Insane asylums in Bengal annual reports 1876-1887 - 1876-1887
Year: 1876
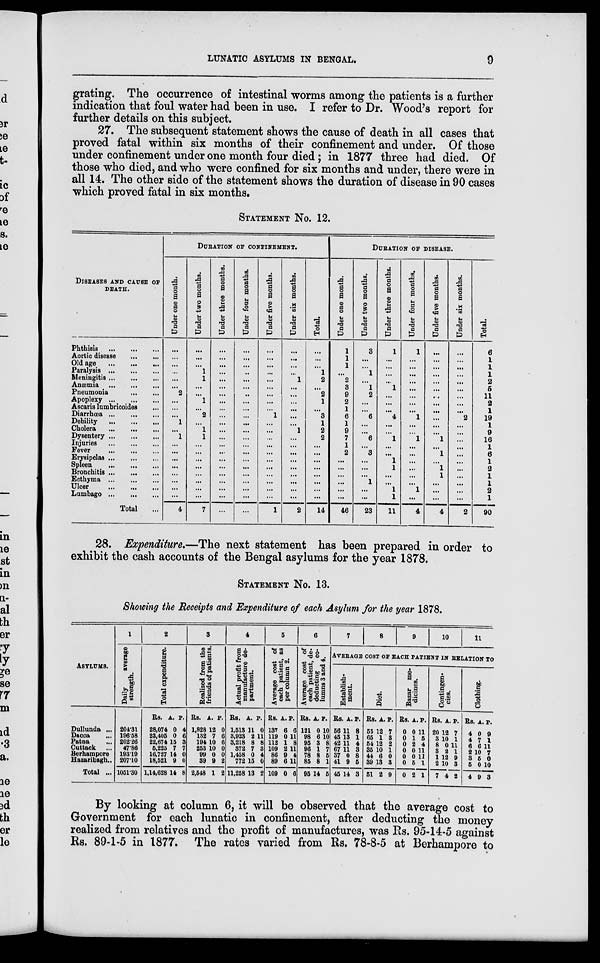
LUNATIC ASYLUMS IN BENGAL.
9
grating. The occurrence of intestinal worms among the patients is a further
indication that foul water had been in use. I refer to Dr. Wood's report for
further details on this subject.
27. The subsequent statement shows the cause of death in all cases that
proved fatal within six months of their confinement and under. Of those
under confinement under one month four died; in 1877 three had died. Of
those who died, and who were confined for six months and under, there were in
all 14. The other side of the statement shows the duration of disease in 90 cases
which proved fatal in six months.
STATEMENT No. 12.
DISEASES AND CAUSE OF
DEATH.
Phthisis
...
...
...
Aortic disease ... ...
Old age
...
...
...
Paralysis ... ... ...
Meningitis
...
...
...
Anæmia
...
...
...
Pneumonia ... ...
Apoplexy
...
...
...
Ascaris lumbricoides ...
Diarrhœa
...
...
...
Debility
...
...
...
Cholera
...
...
...
Dysentery
...
...
...
Injuries ... ... ...
Fever
...
...
....
Erysipelas
...
...
...
Spleen
...
...
...
Bronchitis
...
...
...
Ecthyma
...
...
...
Ulcer
...
...
...
Lumbago
...
...
...
Total ...
DURATION OF CONFINEMENT.
Under one month.
...
...
...
...
...
...
2
...
...
...
1
...
1
...
...
...
...
...
...
...
...
4
Under two months.
...
...
...
1
1
...
...
1
...
2
...
1
1
...
...
...
...
...
...
...
...
7
Under three months.
...
...
...
...
...
...
...
...
...
...
...
...
...
...
...
...
...
...
...
...
...
...
Under four months.
...
...
...
...
...
...
...
...
...
...
...
...
...
...
...
...
...
...
...
...
...
...
Under five months.
...
...
...
...
...
...
...
...
...
1
...
...
...
...
...
...
...
...
...
...
...
1
Under six months.
...
...
...
...
1
...
...
...
...
...
...
1
...
...
...
...
...
...
...
...
...
2
Total.
...
...
...
1
2
...
2
1
...
3
1
2
2
...
...
...
...
...
...
...
...
14
DURATION OF DISEASE.
Under one month.
1
1
1
...
2
3
9
2
1
6
1
9
7
1
2
...
...
...
...
...
...
46
Under two months.
3
...
...
1
...
1
2
...
...
6
...
...
6
...
3
...
...
...
1
...
...
23
Under three months.
1
...
...
...
...
1
...
...
...
4
...
...
1
...
...
1
1
...
...
1
1
11
Under four months.
1
...
...
...
...
...
...
...
...
1
...
...
1
...
...
...
...
...
...
1
...
4
Under five months.
...
...
...
...
...
...
...
...
...
...
...
...
1
...
1
...
1
1
...
...
...
4
Under six months.
...
...
...
...
...
...
...
...
...
2
...
...
...
...
...
...
...
...
...
...
...
2
Total.
6
1
1
1
2
5
11
2
1
19
1
9
16
1
6
1
2
1
1
2
1
90
28. Expenditure.—The next statement has been prepared in order to
exhibit the cash accounts of the Bengal asylums for the year 1878.
STATEMENT No. 13.
Showing the Receipts and Expenditure of each Asylum for the year 1878.
ASYLUMS.
Dullunda ...
Dacca ...
Patna ...
Cuttack ...
Berhampore
Hazaribagh ...
Total ...
1
Daily
average
strength.
204.31
196.58
202.26
47.86
193.19
207.10
1051.30
2
Total expenditure.
Rs.
28,074
23,405
22,674
5,225
16,727
18,521
1,14,628
A.
0
0
15
7
14
9
14
P.
4
6
3
7
0
0
8
3
Realized from the
friends of patients.
Rs.
1,828
132
194
253
99
39
2,548
A.
12
7
10
10
0
9
1
P.
0
6
6
0
0
2
2
4
Actual profit from
manufacture de-
partment.
Rs.
1,513
3,923
3,218
372
1,458
772
11,258
A.
11
2
8
7
0
15
13
P.
0
11
8
3
4
0
2
5
Average cost of
each patient, as
per column 2.
Rs.
137
119
112
109
86
89
109
A.
6
0
1
2
9
6
0
P.
6
11
8
11
4
11
6
6
Average cost of
each patient, de¬
deducting
co-
lumns 3 and 4.
Rs.
121
98
95
96
78
85
95
A.
0
6
3
1
8
8
14
P.
10
10
8
7
5
1
5
7
8
9
10
11
AVERAGE COST OF EACH PATIENT IN RELATION TO
Establish-
ment.
Rs.
56
45
42
67
37
41
45
A.
11
13
11
11
0
9
14
P.
8
1
4
3
8
6
3
Diet.
Rs.
55
65
54
35
44
39
51
A.
12
1
12
10
6
13
2
P.
7
3
2
1
0
3
9
Bazar me-
dicines.
Rs.
0
0
0
0
0
0
0
A.
0
1
2
0
0
5
2
P.
11
5
4
11
11
1
1
Contingen-
cies.
Rs.
20
3
8
3
1
2
7
A.
12
10
0
2
12
10
4
P.
7
1
11
1
9
3
2
Clothing.
Rs.
4
4
6
2
3
5
4
A.
0
7
6
10
5
0
9
P.
9
1
11
7
0
10
3
By looking at column 6, it will be observed that the average cost to
Government for each lunatic in confinement, after deducting the money
realized from relatives and the profit of manufactures, was Rs. 95-14-5 against
Rs. 89-1-5 in 1877. The rates varied from Rs. 78-8-5 at Berhampore to